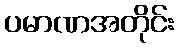
ပမာဏအတိုင်း